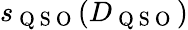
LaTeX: s_{\mathrm{~Q~S~O~}}(D_{\mathrm{~Q~S~O~}})